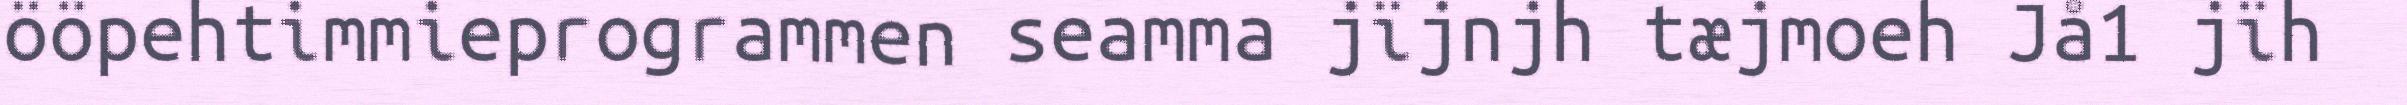
ööpehtimmieprogrammen seamma jïjnjh tæjmoeh Jå1 jïh